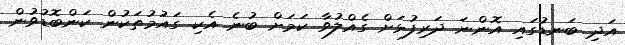
އަދި ބަނޑުގައި އޮންނަ ދަރިފުޅަށް ގެއްލުވާ ކަމަށް ބުނެ އެކި ގައުމުތަކުން ކަންބޮޑުވުން